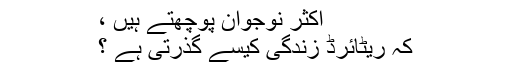
اکثر نوجوان پوچھتے ہیں ،
کہ ریٹائرڈ زندگی کیسے گذرتی ہے ؟